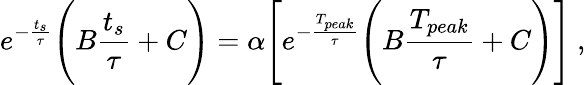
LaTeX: e^{-\frac{t_{s}}{\tau}}\Bigg(B\frac{t_{s}}{\tau}+C\Bigg)=\alpha\Bigg[e^{-\frac{T_{peak}}{\tau}}\Bigg(B\frac{T_{peak}}{\tau}+C\Bigg)\Bigg]~,